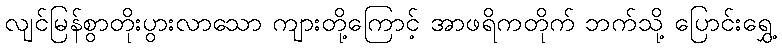
လျင်မြန်စွာတိုးပွားလာသော ကျားတို့ကြောင့် အာဖရိကတိုက် ဘက်သို့ ပြောင်းရွှေ့